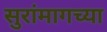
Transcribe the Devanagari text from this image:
सुरांमागच्या